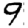
Digit: 9